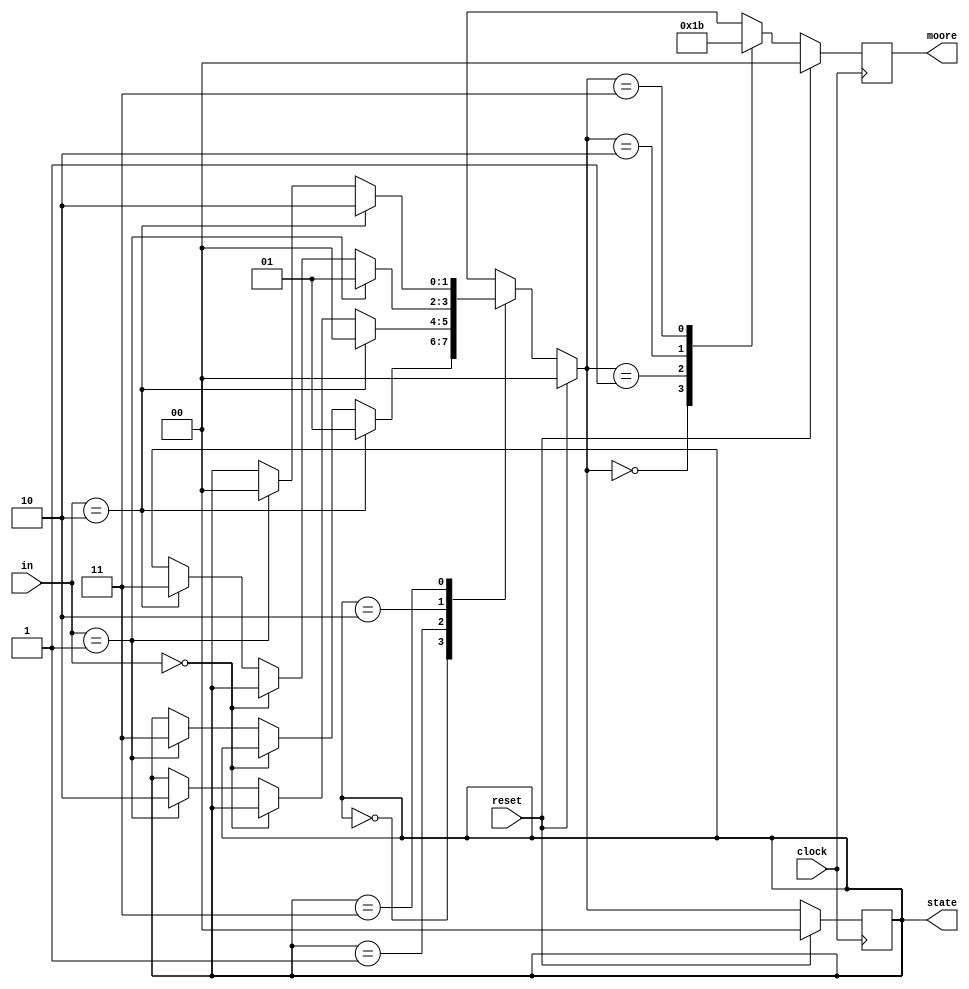
module FPGA_01 (clock, reset, in, state, moore);
  input     clock, reset;
  input  [1:0]  in;
  output [1:0]  moore;
  output [1:0]  state;

  reg[1:0]      moore=0;                   // Se inicializan registros a 0 (Qfsm no los inicializa )
  reg[1:0]      state=0, nextstate=0;

  parameter E0 = 2'b00, E1 = 2'b01, E2 = 2'b10, E3 = 2'b11;

  always @ (posedge clock) begin
    if (reset)
      begin
        state <= E0;
        moore <= 2'b00;
      end                                 // Se ha quitado punto y coma que Qfsm puso por error
    else
      begin
        state <= nextstate;
        case (nextstate)
          E0:
            moore <= 2'b00;
          E1:
            moore <= 2'b01;
          E2:
            moore <= 2'b10;
          E3:
            moore <= 2'b11;
        endcase
      end
  end

  always @ (reset or in or state) begin
    if (reset)
      nextstate = E0;
    else begin
      nextstate = state;
      case (state)
        E0:
        begin
          if (in==2'b10)
          begin
            nextstate = E1;
          end
          else if (in==2'b00)
          begin
          end
          else if (in==2'b01)
          begin
            nextstate = E3;
          end
        end
        E1:
        begin
          if (in==2'b10)
          begin
            nextstate = E0;
          end
          else if (in==2'b00)
          begin
          end
          else if (in==2'b01)
          begin
            nextstate = E2;
          end
        end
        E2:
        begin
          if (in==2'b01)
          begin
            nextstate = E1;
          end
          else if (in==2'b00)
          begin
          end
          else if (in==2'b10)
          begin
            nextstate = E3;
          end
        end
        E3:
        begin
          if (in==2'b10)
          begin
            nextstate = E2;
          end
          else if (in==2'b01)
          begin
            nextstate = E0;
          end
        end
      endcase
    end
  end

endmodule